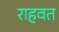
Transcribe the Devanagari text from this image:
राहवत